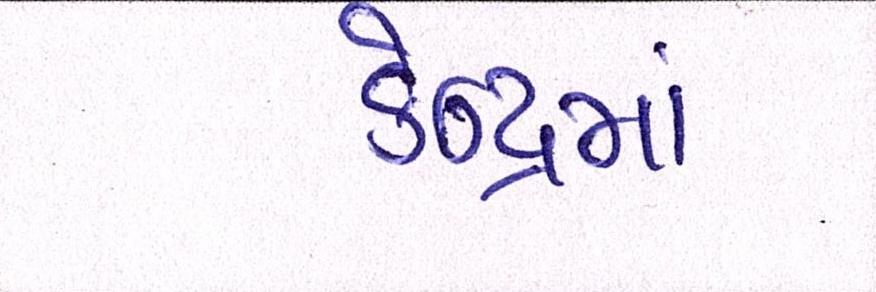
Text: કેન્દ્રમાં